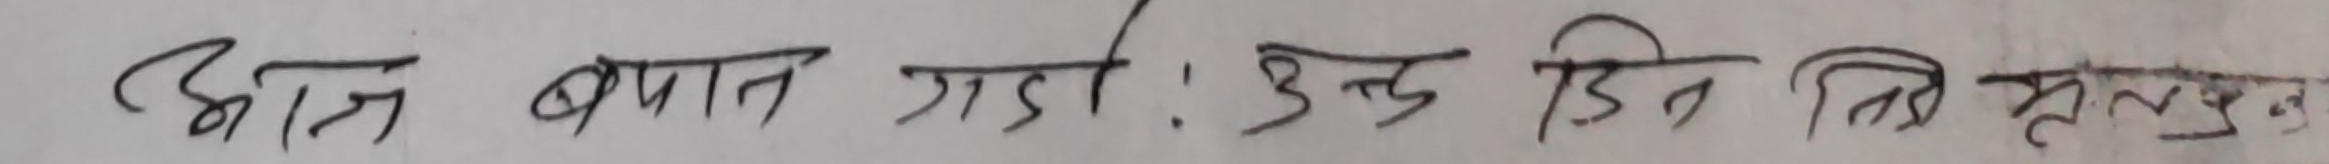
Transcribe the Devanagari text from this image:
आज बात गर्ने : उक्त दिन ति मह्लुन